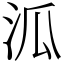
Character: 泒